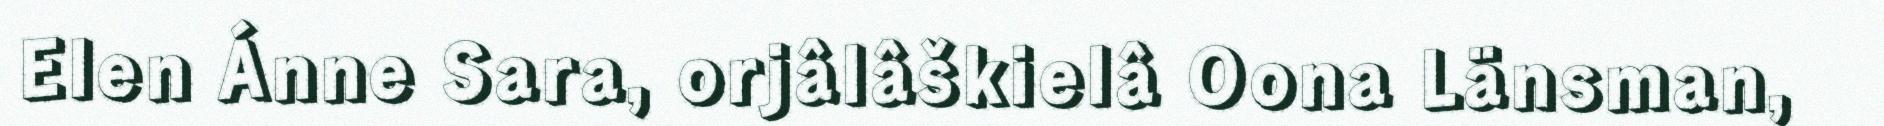
Elen Ánne Sara, orjâlâškielâ Oona Länsman,